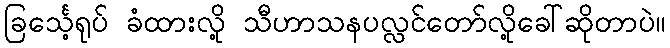
ခြင်္သေ့ရုပ် ခံထားလို့ သီဟာသနပလ္လင်တော်လို့ခေါ်ဆိုတာပဲ။